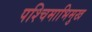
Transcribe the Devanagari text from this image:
पश्‍चिमाभिमुख